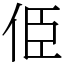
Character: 𠈄